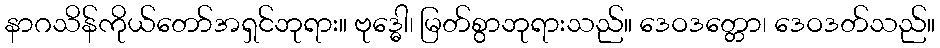
နာဂသိန်ကိုယ်တော်အရှင်ဘုရား။ ဗုဒ္ဓေါ၊ မြတ်စွာဘုရားသည်။ ဒေဝဒတ္တော၊ ဒေဝဒတ်သည်။